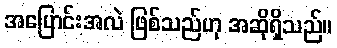
အပြောင်းအလဲ ဖြစ်သည်ဟု အဆိုရှိသည်။